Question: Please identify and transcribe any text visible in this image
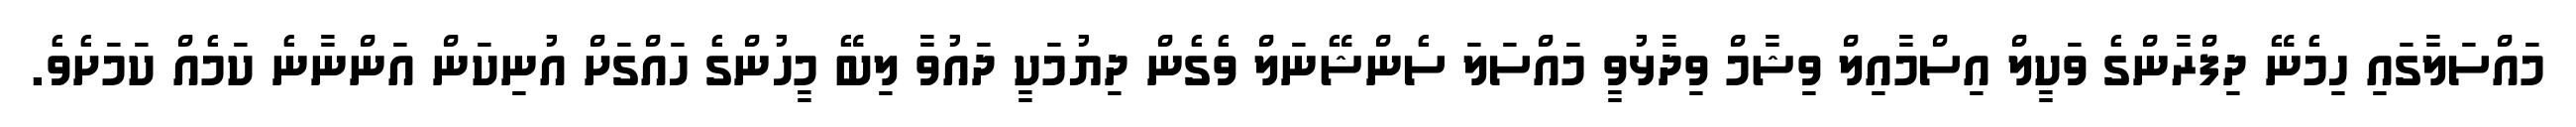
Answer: މައްސަލާގައި ހިމެނޭ ދިފްރާންގެ ވަކީލް އިސްމާއިލް ވިޝާމް ވިދާޅުވީ މައްސަލަ ސެންޝޭނަލް ވެގެން ދިޔުމަކީ ދައުވާ ލިބޭ މީހުންގެ ހައްގަށް އުނިކަން އަންނާނެ ކަމެއް ކަމަށެވެ.